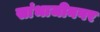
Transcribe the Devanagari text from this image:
सांभाजीनगर